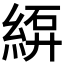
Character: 𫃫